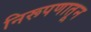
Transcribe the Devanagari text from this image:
निरूपणातून